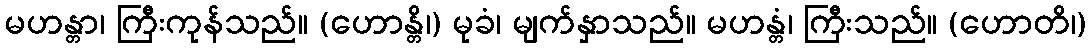
မဟန္တာ၊ ကြီးကုန်သည်။ (ဟောန္တိ၊) မုခံ၊ မျက်နှာသည်။ မဟန္တံ၊ ကြီးသည်။ (ဟောတိ၊)